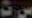
ست